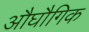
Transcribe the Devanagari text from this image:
औघौगिक